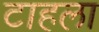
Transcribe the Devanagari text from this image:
टाहला